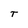
Character: T